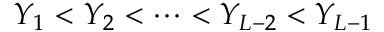
Y _ { 1 } < Y _ { 2 } < \dots < Y _ { { \cal L } - 2 } < Y _ { { \cal L } - 1 }